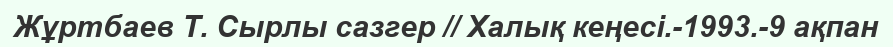
Жұртбаев Т. Сырлы сазгер // Халық кеңесі.-1993.-9 ақпан